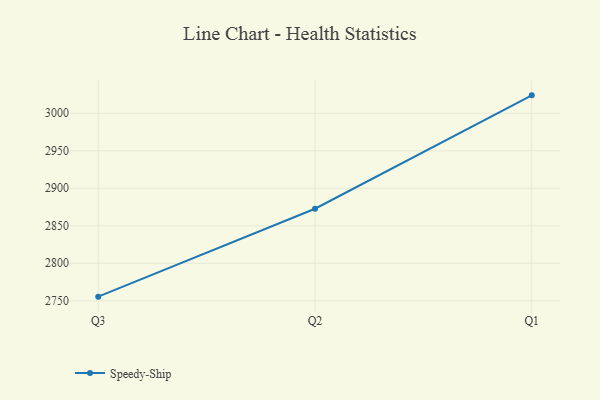
{"axis": {"x": "Quarter", "y": "Waste Production (Tons)"}, "legend": ["Speedy-Ship"], "data": [{"x": "Q3", "y": 2755.5, "type": "Speedy-Ship"}, {"x": "Q2", "y": 2872.7, "type": "Speedy-Ship"}, {"x": "Q1", "y": 3023.9, "type": "Speedy-Ship"}]}